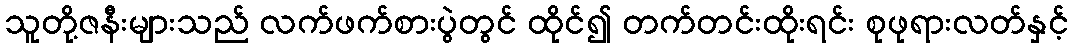
သူတို့ဇနီးများသည် လက်ဖက်စားပွဲတွင် ထိုင်၍ တက်တင်းထိုးရင်း စုဖုရားလတ်နှင့်